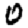
Digit: 0